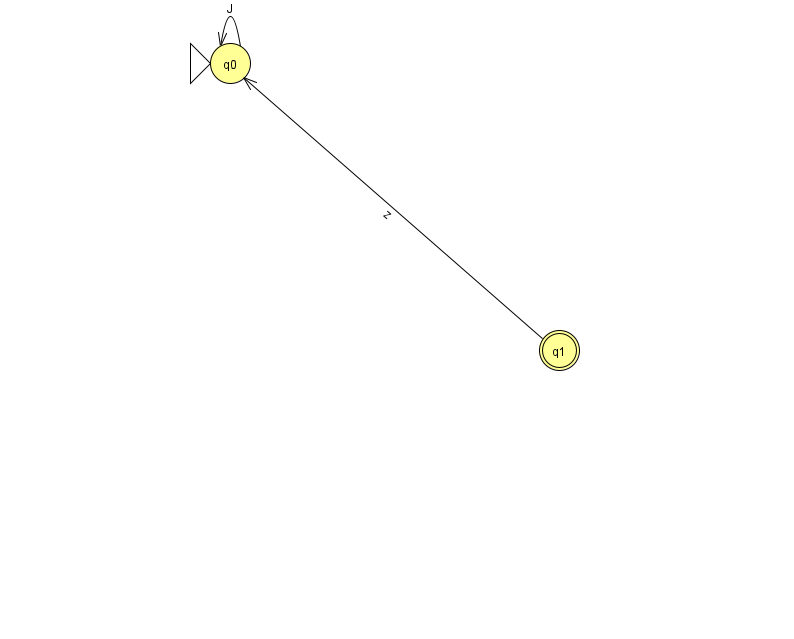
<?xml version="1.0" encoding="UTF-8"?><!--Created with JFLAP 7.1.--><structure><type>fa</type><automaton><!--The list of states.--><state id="0" name="q0"><x>230.0</x><y>50.0</y><initial/></state><state id="1" name="q1"><x>559.0</x><y>337.0</y><final/></state><!--The list of transitions.--><transition><from>1</from><to>0</to><read>z</read></transition><transition><from>0</from><to>0</to><read>J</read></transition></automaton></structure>